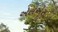
એલએસ